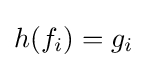
h(f_{i})=g_{i}